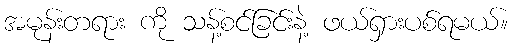
အမုန်းတရား ကို သန့်စင်ခြင်းနဲ့ ဖယ်ရှားပစ်ရမယ်။